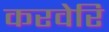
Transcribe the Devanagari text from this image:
करवेरि